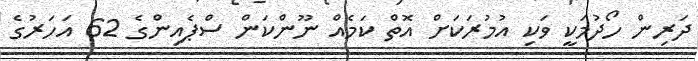
ދަރިން ހޯދުމަކީ ވަކި އުމުރަކަށް އޮތް ކަމެއް ނޫންކަން ސްޕެއިންގެ 62 އަހަރުގެ